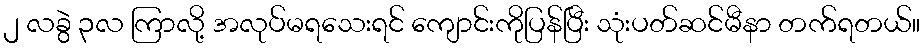
၂ လခွဲ ၃လ ကြာလို့ အလုပ်မရသေးရင် ကျောင်းကိုပြန်ပြီး သုံးပတ်ဆင်မီနာ တက်ရတယ်။